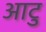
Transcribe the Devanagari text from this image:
आटु